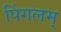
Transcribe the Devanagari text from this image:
पिंगलम्